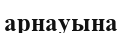
арнауына